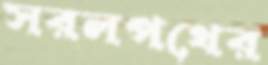
সরলপথের